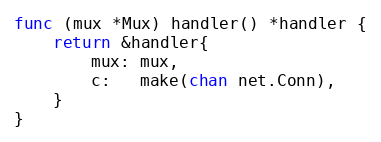
Language: Go
func (mux *Mux) handler() *handler {
	return &handler{
		mux: mux,
		c:   make(chan net.Conn),
	}
}